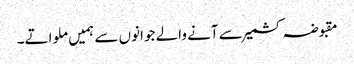
مقبوضہ کشمیر سے آنے والے جوانوں سے ہمیں ملواتے۔